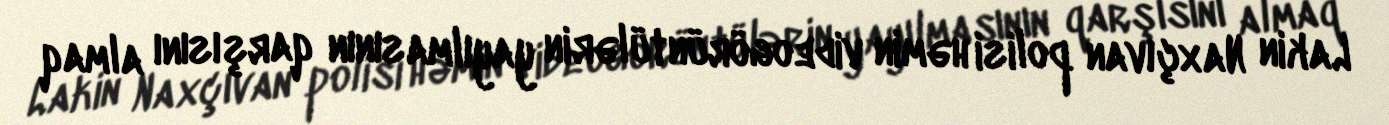
Lakin Naxçıvan polisi həmin videogörüntülərin yayılmasının qarşısını almaq